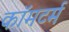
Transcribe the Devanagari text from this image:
कॉमटर्म